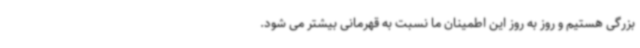
بزرگی هستیم و روز به روز این اطمینان ما نسبت به قهرمانی بیشتر می شود.